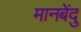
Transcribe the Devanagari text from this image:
मानबेंदु